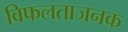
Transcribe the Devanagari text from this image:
विफलताजनक